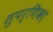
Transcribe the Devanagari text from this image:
सुपर्णिका